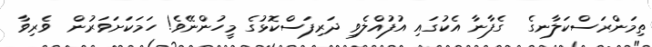
ތިމަންރަސްކަލާނގެ  ގެފާނާ އެކުގައި އުފުއްލެވި ދަރިފަސްކޮޅުގެ މީހުންނޭވެ! ހަމަކަށަވަރުން  ވެރިވާ